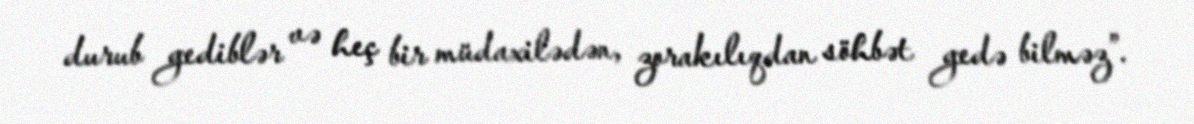
durub gediblər və heç bir müdaxilədən, zorakılıqdan söhbət gedə bilməz”.